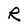
Character: R